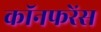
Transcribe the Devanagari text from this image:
कॉनफरेंस